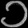
Digit: ၁